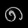
Digit: ၈